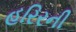
હરિરની